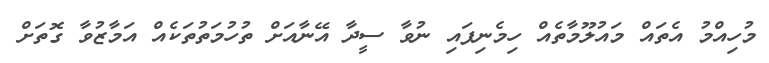
މުހިއްމު އެތައް މައުލޫމާތެއް ހިމެނިފައި ނުވާ ސީދާ އޭނާއަށް ތުހުމަތުތަަކެއް އަމާޒުވާ ގޮތަށް